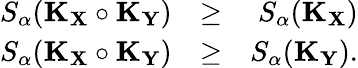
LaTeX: \begin{array}{rlr}{S_{\alpha}(\mathbf{K}_{\mathbf{X}}\circ\mathbf{K}_{\mathbf{Y}})}&{\geq}&{S_{\alpha}(\mathbf{K}_{\mathbf{X}})}\\ {S_{\alpha}(\mathbf{K}_{\mathbf{X}}\circ\mathbf{K}_{\mathbf{Y}})}&{\geq}&{S_{\alpha}(\mathbf{K}_{\mathbf{Y}}).}\end{array}